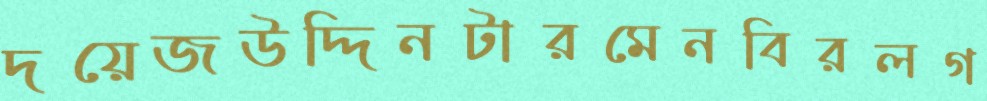
দয়েজউদ্দিনটারমেনবিরলগ